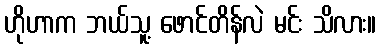
ဟိုဟာက ဘယ်သူ့ ဖောင်တိန်လဲ မင်း သိလား။